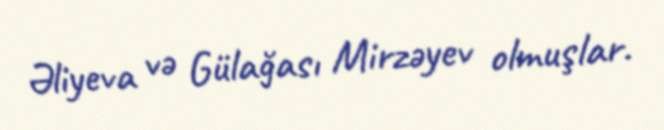
Əliyeva və Gülağası Mirzəyev olmuşlar.